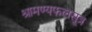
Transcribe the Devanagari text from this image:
श्रामण्यफलसूत्र